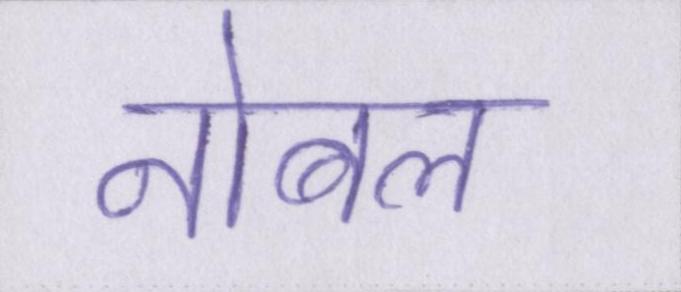
नोबल